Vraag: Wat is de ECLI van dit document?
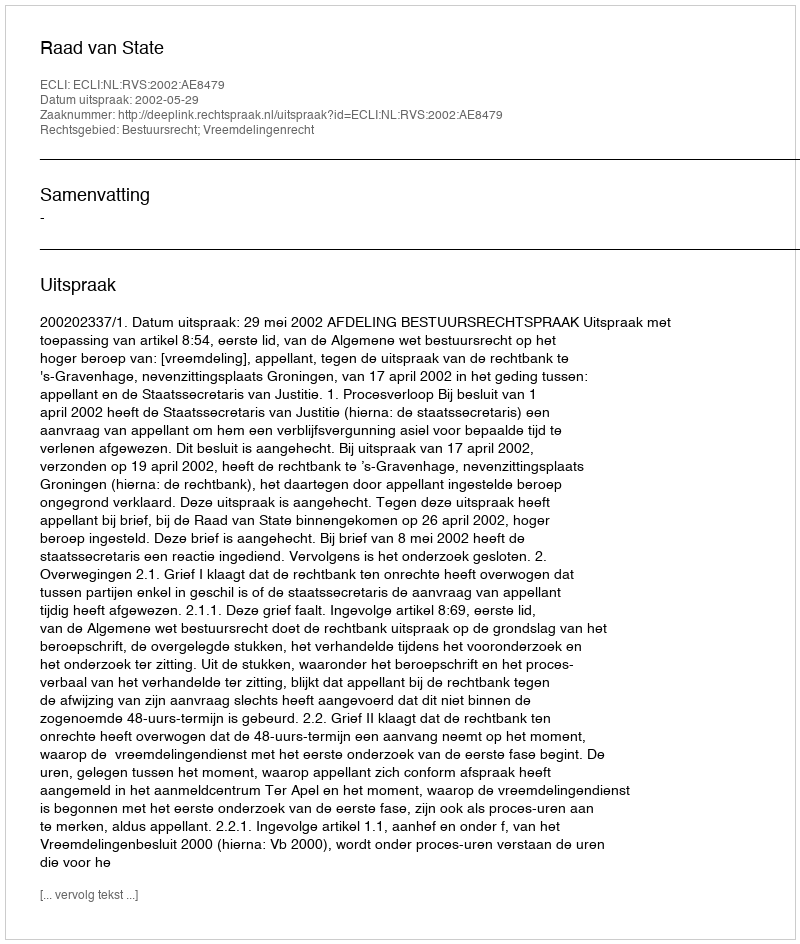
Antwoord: ECLI:NL:RVS:2002:AE8479